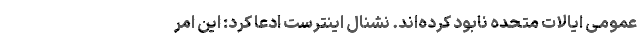
عمومی ایالات متحده نابود کرده‌اند. نشنال اینترست ادعا کرد: این امر